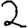
Digit: 2